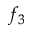
f _ { 3 }